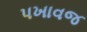
પખાવજ